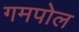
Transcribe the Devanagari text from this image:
गमपोल